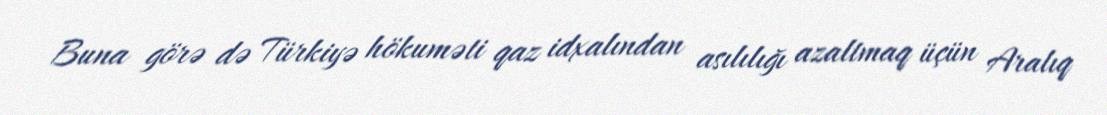
Buna görə də Türkiyə hökuməti qaz idxalından asılılığı azaltmaq üçün Aralıq